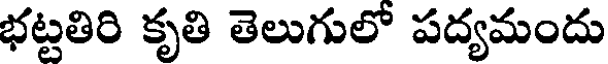
భట్టతిరి కృతి తెలుగులో పద్యమందు